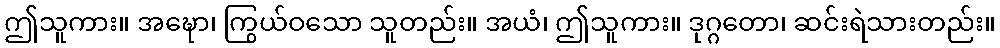
ဤသူကား။ အဍ္ဎော၊ ကြွယ်ဝသော သူတည်း။ အယံ၊ ဤသူကား။ ဒုဂ္ဂတော၊ ဆင်းရဲသားတည်း။